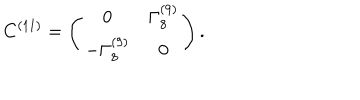
LaTeX: C ^ { ( 1 1 ) } = \left( \begin{matrix} { { 0 } } & { { \Gamma _ { 8 } ^ { ( 9 ) } } } \\ { { - \Gamma _ { 8 } ^ { ( 9 ) } } } & { { 0 } } \\ \end{matrix} \right) .